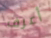
أعرف